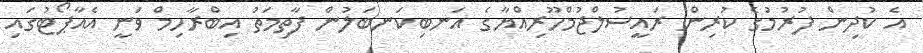
އެ ކުދިން ފުރުމުގެ ކުރިން ރައީސުލްޖުމްހޫރިއްޔާގެ އަނބިކަނބަލުން ފާތިމަތު އިބްރާހިމް ވަނީ އެއާޕޯޓުގައި